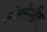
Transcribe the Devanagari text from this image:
संश्लेशीत